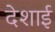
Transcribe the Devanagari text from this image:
देशाई